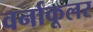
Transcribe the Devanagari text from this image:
वर्नाकूलर